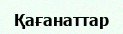
Қағанаттар